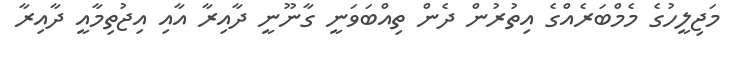
މަޖިލީހުގެ މެމްބަރެއްގެ އިތުރުން ދެން ތިއްބަވަނީ ގާނޫނީ ދާއިރާ އާއި އިޖުތިމާއީ ދާއިރާ